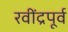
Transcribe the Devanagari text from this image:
रवींद्रपूर्व